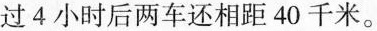
过4小时后两车还相距40千米。